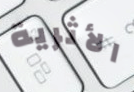
الأثرية